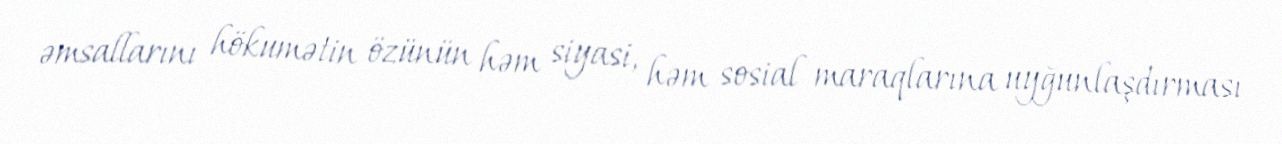
əmsallarını hökumətin özünün həm siyasi, həm sosial maraqlarına uyğunlaşdırması